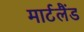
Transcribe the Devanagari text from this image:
मार्टलैंड